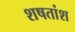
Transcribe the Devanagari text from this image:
शषतांश